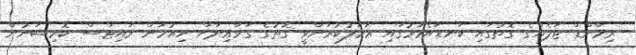
ރިމާންޑް ޖަލެއްގެ ގޮތުގައި ކަނޑައެޅުމުގައި ޢަމަލުކުރަންވީ ގޮތުގެ ގަވާޢިދަށް ހިއުމަން ރައިޓްސް ކޮމިޝަނުން